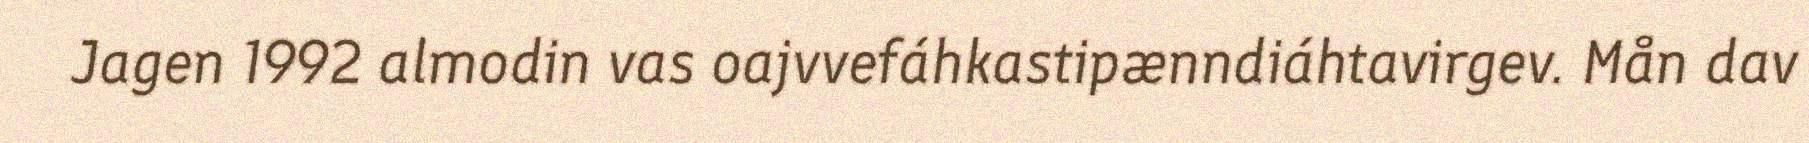
Jagen 1992 almodin vas oajvvefáhkastipænndiáhtavirgev. Mån dav